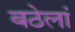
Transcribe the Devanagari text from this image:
बठेलां